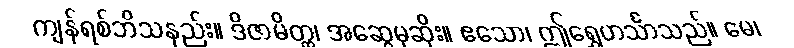
ကျန်ရစ်ဘိသနည်း။ ဒိဇာမိတ္တ၊ အဆွေမုဆိုး။ ဧသော၊ ဤရွှေဟင်္သာသည်။ မေ၊